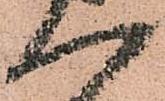
一